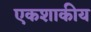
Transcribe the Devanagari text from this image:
एकशाकीय